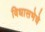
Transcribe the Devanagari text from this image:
विधासभेचे